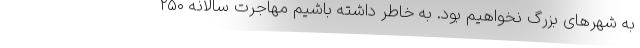
به شهرهای بزرگ نخواهیم بود. به خاطر داشته باشیم مهاجرت سالانه ۲۵۰